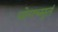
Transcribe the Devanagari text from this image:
योगच्मुतं